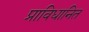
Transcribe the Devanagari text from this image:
प्राविधानित